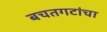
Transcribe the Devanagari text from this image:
बचतगटांचा